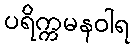
ပရိက္ကမနဝါရ